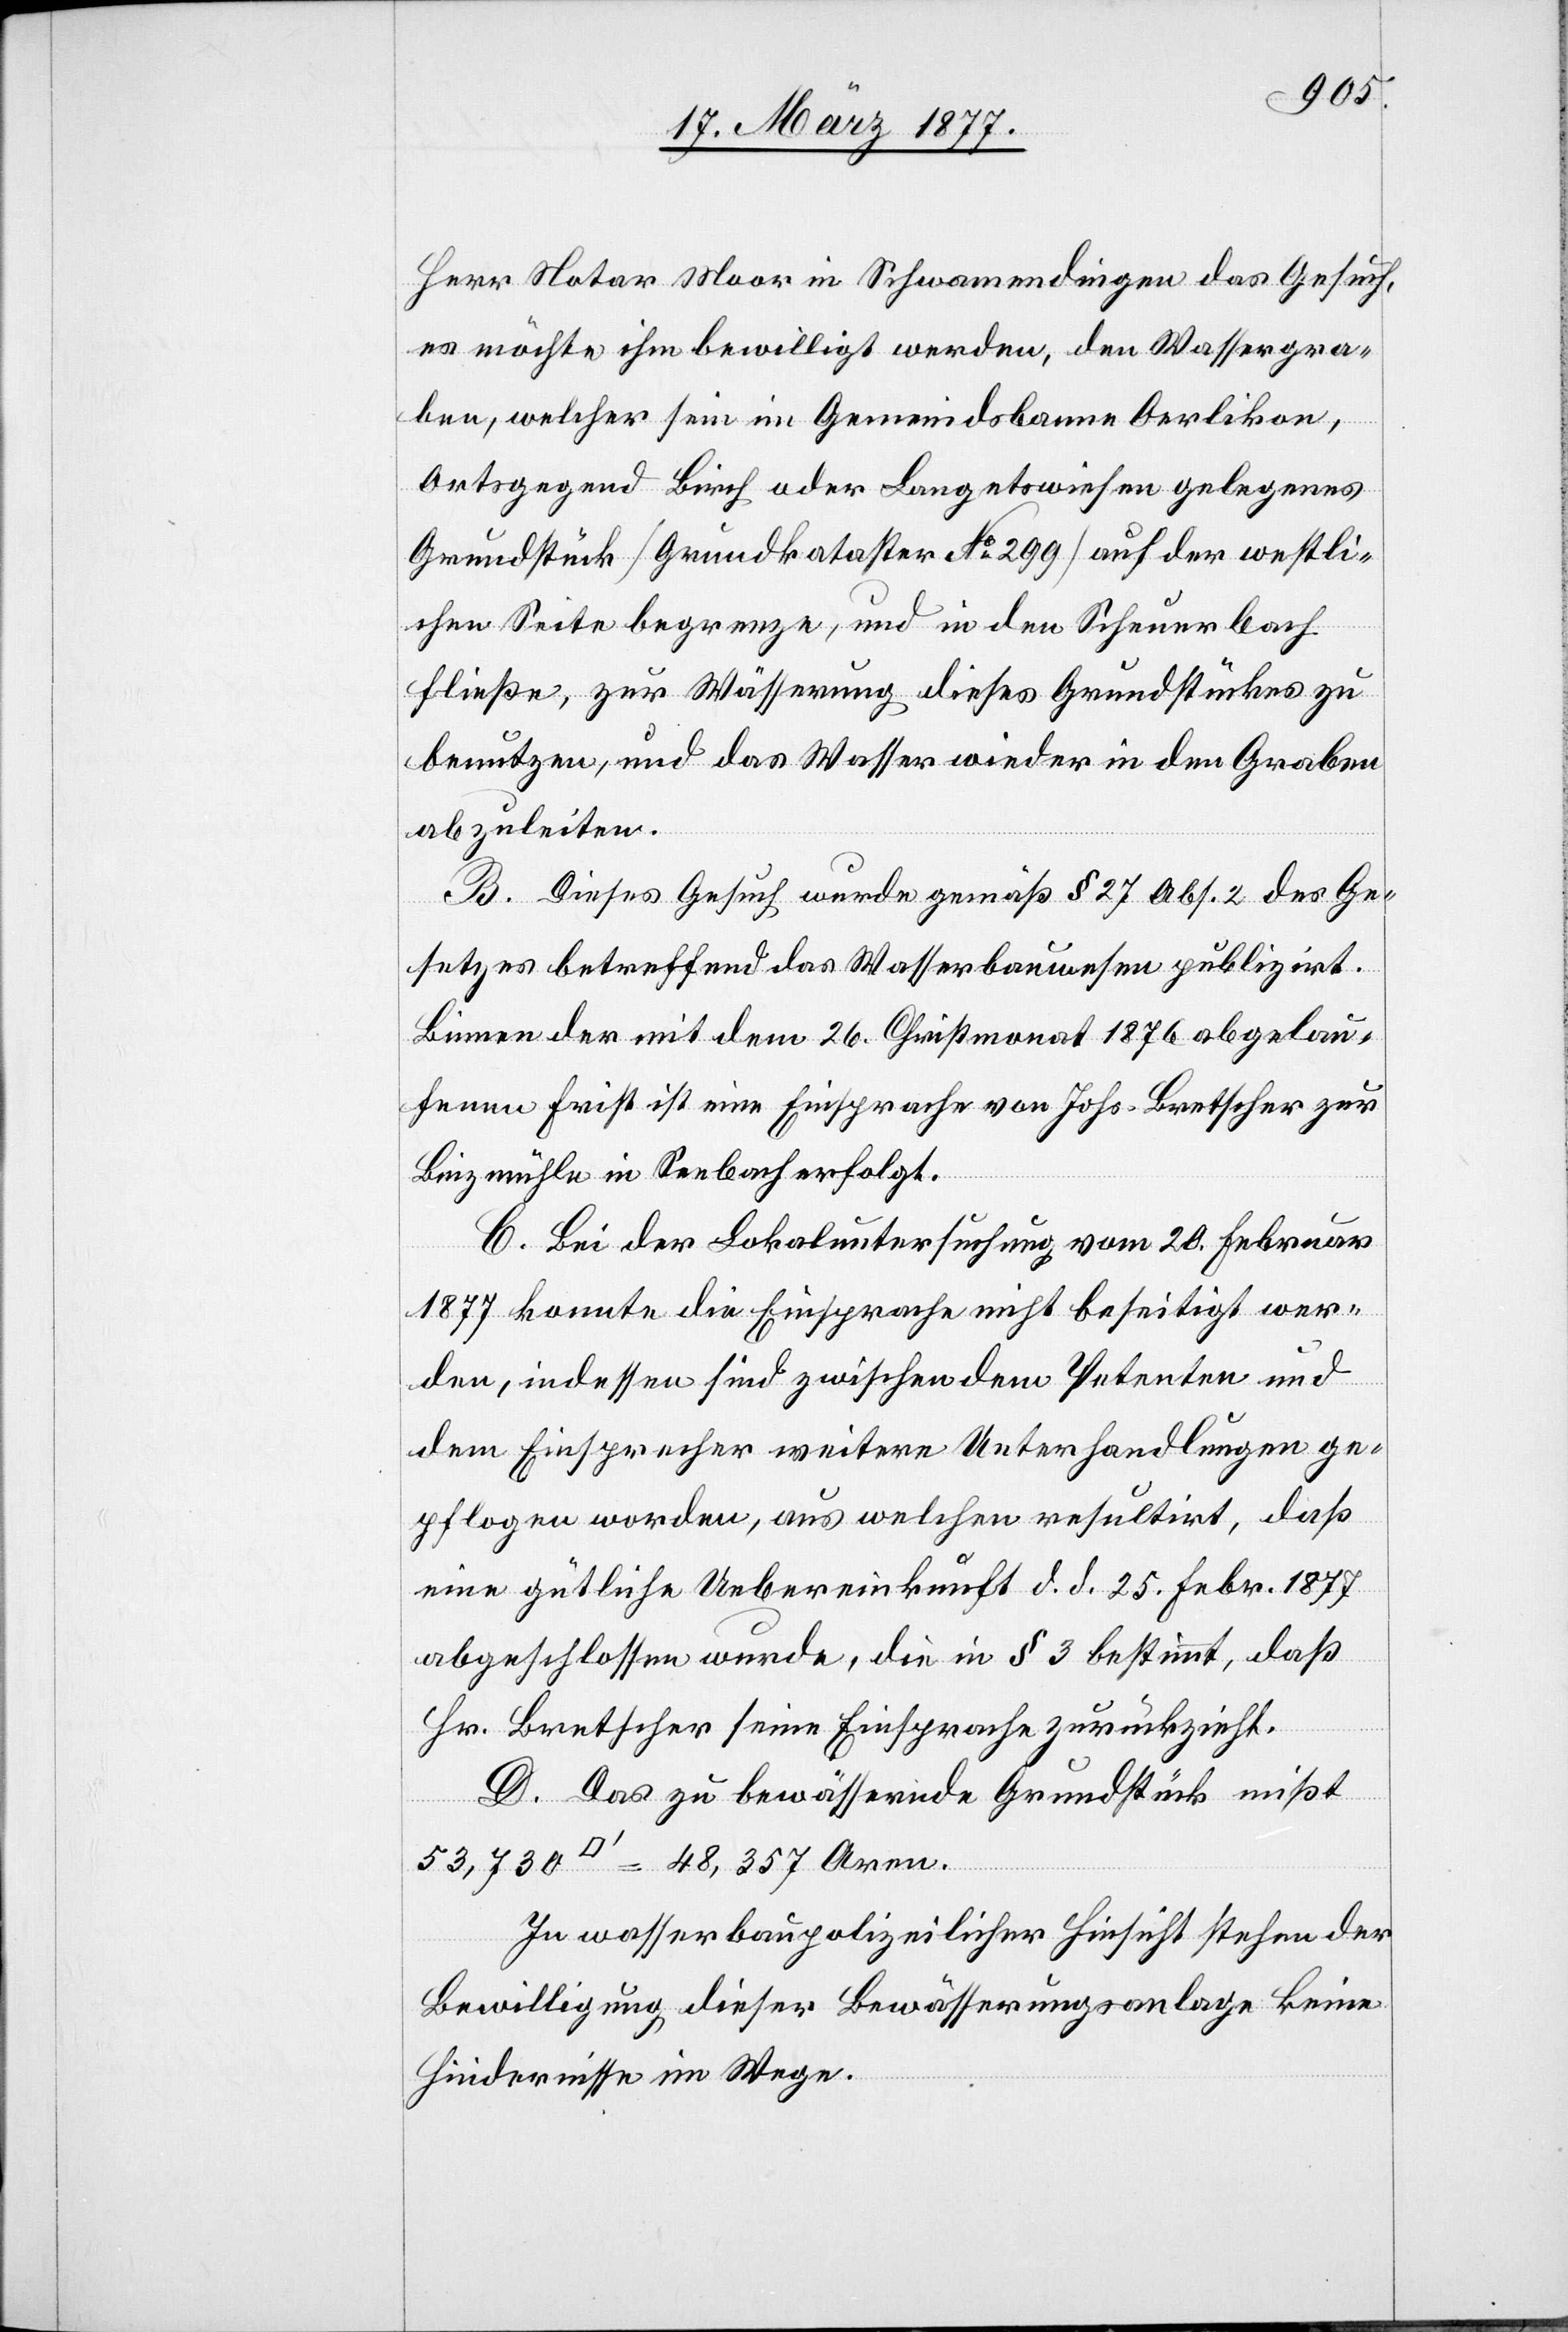
Herr Notar Moor in Schwamendingen das Gesuch,
es möchte ihm bewilligt werden, den Wassergra¬
ben, welcher sein im Gemeindsbanne Oerlikon,
Ortsgegend Birch oder Langetswiesen gelegenes
Grundstück [Grundkataster No 299] auf der westli¬
chen Seite begrenze, und in den Scheuerbach
fließe, zur Wässerung dieses Grundstückes zu
benutzen, und das Wasser wieder in den Graben
abzuleiten.
B. Dieses Gesuch wurde gemäß § 27 Abs. 2 des Ge¬
setzes betreffend das Wasserbauwesen publizirt.
Binnen der mit dem 26. Christmonat 1876 abgelau¬
fenen Frist ist eine Einsprache von Johs. Bretscher zur
Binzmühle in Seebach erfolgt.
C. Bei der Lokaluntersuchung vom 20. Februar
1877 konnte die Einsprache nicht beseitigt wer¬
den, indessen sind zwischen dem Petenten und
dem Einsprecher weitere Unterhandlungen ge¬
pflogen worden, aus welchen resultirt, daß
eine gütliche Uebereinkunft d. d. 25. Febr. 1877
abgeschlossen wurde, die in § 3 bestimmt, daß
Hr. Bretscher seine Einsprache zurückzieht.
D. Das zu bewässernde Grundstück mißt
Aren.
In wasserbaupolizeilicher Hinsicht stehen der
Bewilligung dieser Bewässerungsanlage keine
Hindernisse im Wege.